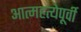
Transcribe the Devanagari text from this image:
आत्महत्येपूर्वी